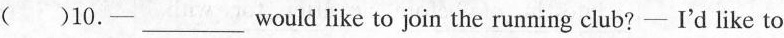
( )10.-___ would like to join the running club?-- I'd like to